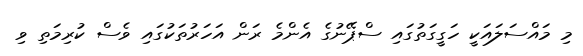
މި މައްސަލައަކީ ހަގީގަތުގައި ސްޕޭނުގެ އެންމެ ރަން އަހަރުތަކުގައި ވެސް ކުރިމަތި ވި